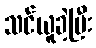
သင်ယူခဲ့ပြီး